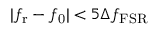
| f _ { \mathrm { r } } - f _ { \mathrm { 0 } } | < 5 \Delta f _ { \mathrm { F S R } }